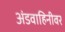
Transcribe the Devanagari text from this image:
अंडवाहिनीवर